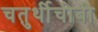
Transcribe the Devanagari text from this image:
चतुर्थीचीबी